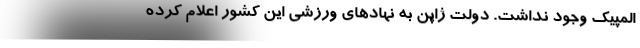
المپیک وجود نداشت. دولت ژاپن به نهادهای ورزشی این کشور اعلام کرده